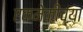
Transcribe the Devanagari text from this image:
एकमेकींच्या